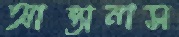
আন্তানাস